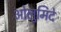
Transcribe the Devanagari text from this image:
ओलुमिदे